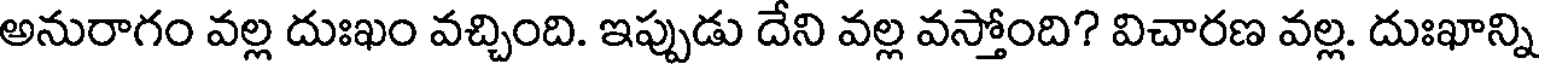
అనురాగం వల్ల దుఃఖం వచ్చింది. ఇప్పుడు దేని వల్ల వస్తోంది? విచారణ వల్ల. దుఃఖాన్ని